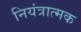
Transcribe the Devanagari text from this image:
नियंत्रात्मक